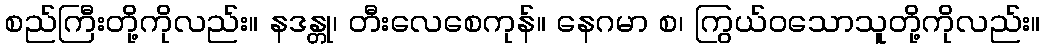
စည်ကြီးတို့ကိုလည်း။ နဒန္တု၊ တီးလေစေကုန်။ နေဂမာ စ၊ ကြွယ်ဝသောသူတို့ကိုလည်း။